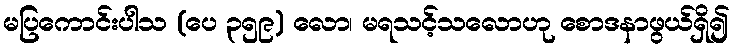
မပြကောင်းပါသ (ပေ ၃၅၉) လော၊ မရသင့်သလောဟု စောဒနာဖွယ်ရှိ၍